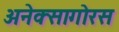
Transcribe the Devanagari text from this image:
अनेक्सागोरस